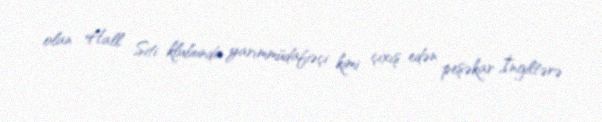
olan Hall Siti klubunda yarımmüdafiəçi kimi çıxış edən peşəkar İngiltərə